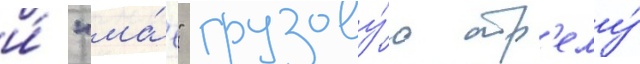
и́ "ма́е" грузову́ю стр'елу́